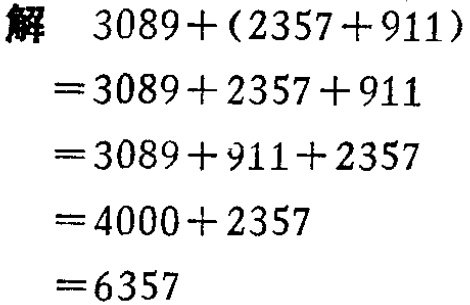
```
解 \(3089+(2357 + 911)\)
\(=3089+2357 + 911\)
\(=3089+911 + 2357\)
\(=4000+2357\)
\(=6357\)
```